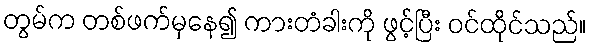
တွမ်က တစ်ဖက်မှနေ၍ ကားတံခါးကို ဖွင့်ပြီး ဝင်ထိုင်သည်။